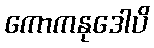
ကောကနုဒေါပိ